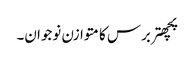
پچھتربرس کا متوازن نوجوان۔